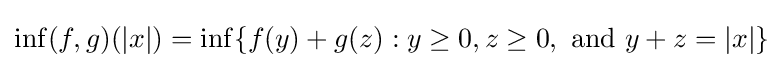
\inf(f,g)(|x|)=\inf\{f(y)+g(z):y\geq 0,z\geq 0,{\text{ and }}y+z=|x|\}